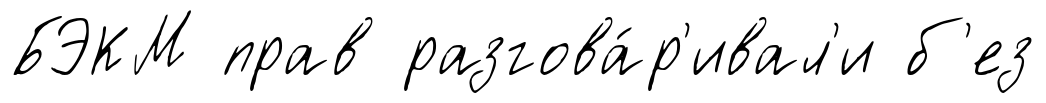
БЭКМ прав разгова́р'ивал'и б'ез